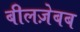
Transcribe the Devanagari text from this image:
बीलज़ेबब